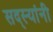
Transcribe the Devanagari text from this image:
सद्स्यांनी